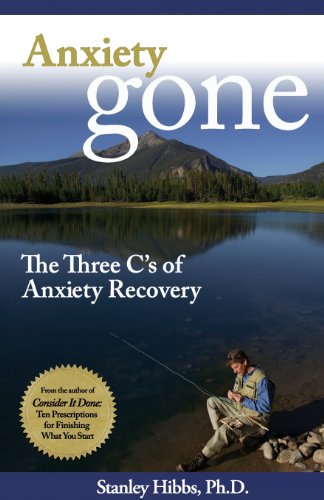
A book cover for Anxiety Gone: The Three C's of Anxiety Recovery; Stanley Ph.D. Hibbs; Self-Help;